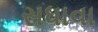
સધાવા